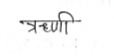
मजकूर: ऋणी